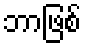
ဘာဖြစ်